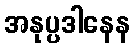
အနုပ္ပဒါနေန